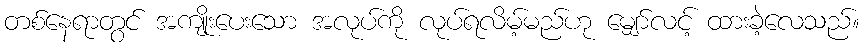
တစ်နေရာတွင် အကျိုးပေးသော အလုပ်ကို လုပ်ရလိမ့်မည်ဟု မျှော်လင့် ထားခဲ့လေသည်။